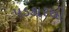
પડકારથી